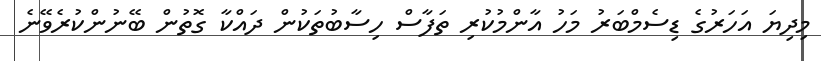
މިދިޔަ އަހަރުގެ ޑިސެމްބަރު މަހު އާންމުކުރި ތަފާސް ހިސާބުތަކުން ދައްކާ ގޮތުން ބޭނުންކުރެވޭނެ